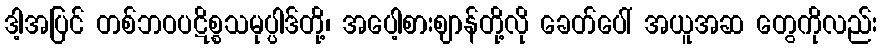
ဒါ့အပြင် တစ်ဘဝပဋိစ္စသမုပ္ပါဒ်တို့၊ အပေါ့စားဈာန်တို့လို ခေတ်ပေါ် အယူအဆ တွေကိုလည်း